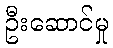
ဦးဆောင်မှု